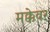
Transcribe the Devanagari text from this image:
मक्केवर